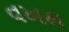
વખથ